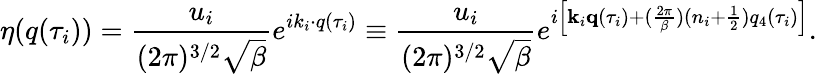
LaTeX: \eta(q(\tau_{i}))=\frac{u_{i}}{(2\pi)^{3/2}\sqrt{\beta}}e^{ik_{i}\cdot q(\tau_{i})}\equiv\frac{u_{i}}{(2\pi)^{3/2}\sqrt{\beta}}e^{i\left[{\mathbf k}_{i}{\mathbf q}(\tau_{i})+(\frac{2\pi}{\beta})(n_{i}+\frac 12)q_{4}(\tau_{i})\right]}.